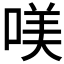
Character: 𠸍